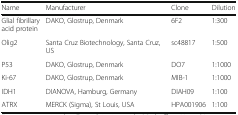
| Name | Manufacturer | Clone | Dilution |
 | --- | --- | --- | --- |
 | Glial fibrillary acid protein | DAKO, Glostrup, Denmark | 6F2 | 1:300 |
 | Olig2 | Santa Cruz Biotechnology, Santa Cruz, US | sc48817 | 1:500 |
 | P53 | DAKO, Glostrup, Denmark | DO7 | 1:1000 |
 | Ki-67 | DAKO, Glostrup, Denmark | MIB-1 | 1:1000 |
 | IDH1 | DIANOVA, Hamburg, Germany | DIAH09 | 1:100 |
 | ATRX | MERCK (Sigma), St Louis, USA | HPA001906 | 1:100 |